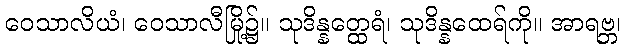
ဝေသာလိယံ၊ ဝေသာလီမြို့၌။ သုဒိန္နတ္ထေရံ၊ သုဒိန္နထေရ်ကို။ အာရဗ္ဘ၊